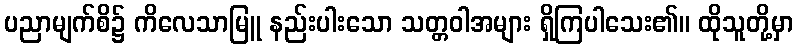
ပညာမျက်စိ၌ ကိလေသာမြူ နည်းပါးသော သတ္တဝါအများ ရှိကြပါသေး၏။ ထိုသူတို့မှာ